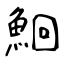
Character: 鮰